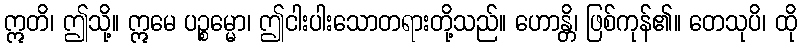
ဣတိ၊ ဤသို့။ ဣမေ ပဉ္စမ္မော၊ ဤငါးပါးသောတရားတို့သည်။ ဟောန္တိ၊ ဖြစ်ကုန်၏။ တေသုပိ၊ ထို